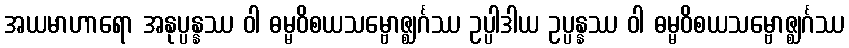
အယမာဟာရော အနုပ္ပန္နဿ ဝါ ဓမ္မဝိစယသမ္ဗောဇ္ဈင်္ဂဿ ဥပ္ပါဒါယ ဥပ္ပန္နဿ ဝါ ဓမ္မဝိစယသမ္ဗောဇ္ဈင်္ဂဿ